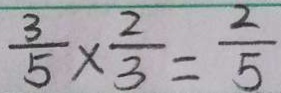
\frac { 3 } { 5 } \times \frac { 2 } { 3 } = \frac { 2 } { 5 }